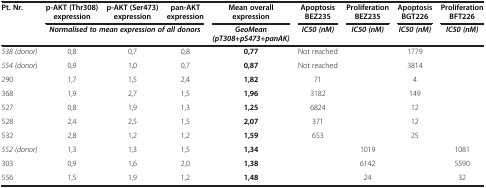
<table><thead><tr><td><b>Pt. Nr.</b></td><td><b>p-AKT (Thr308) expression</b></td><td><b>p-AKT (Ser473) expression</b></td><td><b>pan-AKT expression</b></td><td><b>Mean overall expression</b></td><td><b>Apoptosis BEZ235</b></td><td><b>Proliferation BEZ235</b></td><td><b>Apoptosis BGT226</b></td><td><b>Proliferation BFT226</b></td></tr><tr><td><b> </b></td><td colspan="3"><b><i>Normalised to mean expression of all donors</i></b></td><td><b><i>GeoMean (pT308+pS473+panAK)</i></b></td><td><b><i>IC50 (nM)</i></b></td><td><b><i>IC50 (nM)</i></b></td><td><b><i>IC50 (nM)</i></b></td><td><b><i>IC50 (nM)</i></b></td></tr></thead><tbody><tr><td><i>538 (donor)</i></td><td>0,8</td><td>0,7</td><td>0,8</td><td><b>0,77</b></td><td>Not reached</td><td colspan="3">1779</td></tr><tr><td><i>554 (donor</i>)</td><td>0,9</td><td>1,0</td><td>0,7</td><td><b>0,87</b></td><td>Not reached</td><td colspan="3">3814</td></tr><tr><td>290</td><td>1,7</td><td>1,5</td><td>2,4</td><td><b>1,82</b></td><td>71</td><td colspan="3">4</td></tr><tr><td>368</td><td>1,9</td><td>2,7</td><td>1,5</td><td><b>1,96</b></td><td>3182</td><td colspan="3">149</td></tr><tr><td>527</td><td>0,8</td><td>1,9</td><td>1,3</td><td><b>1,25</b></td><td>6824</td><td colspan="3">12</td></tr><tr><td>528</td><td>2,4</td><td>2,5</td><td>1,5</td><td><b>2,07</b></td><td>371</td><td colspan="3">12</td></tr><tr><td>532</td><td>2,8</td><td>1,2</td><td>1,2</td><td><b>1,59</b></td><td>653</td><td colspan="3">25</td></tr><tr><td><i>552 (donor)</i></td><td>1,3</td><td>1,3</td><td>1,5</td><td><b>1,34</b></td><td> </td><td>1019</td><td> </td><td>1081</td></tr><tr><td>303</td><td>0,9</td><td>1,6</td><td>2,0</td><td><b>1,38</b></td><td> </td><td>6142</td><td> </td><td>5590</td></tr><tr><td>556</td><td>1,5</td><td>1,9</td><td>1,2</td><td><b>1,48</b></td><td> </td><td>24</td><td> </td><td>32</td></tr></tbody></table>